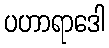
ပဟာရာဒေါ